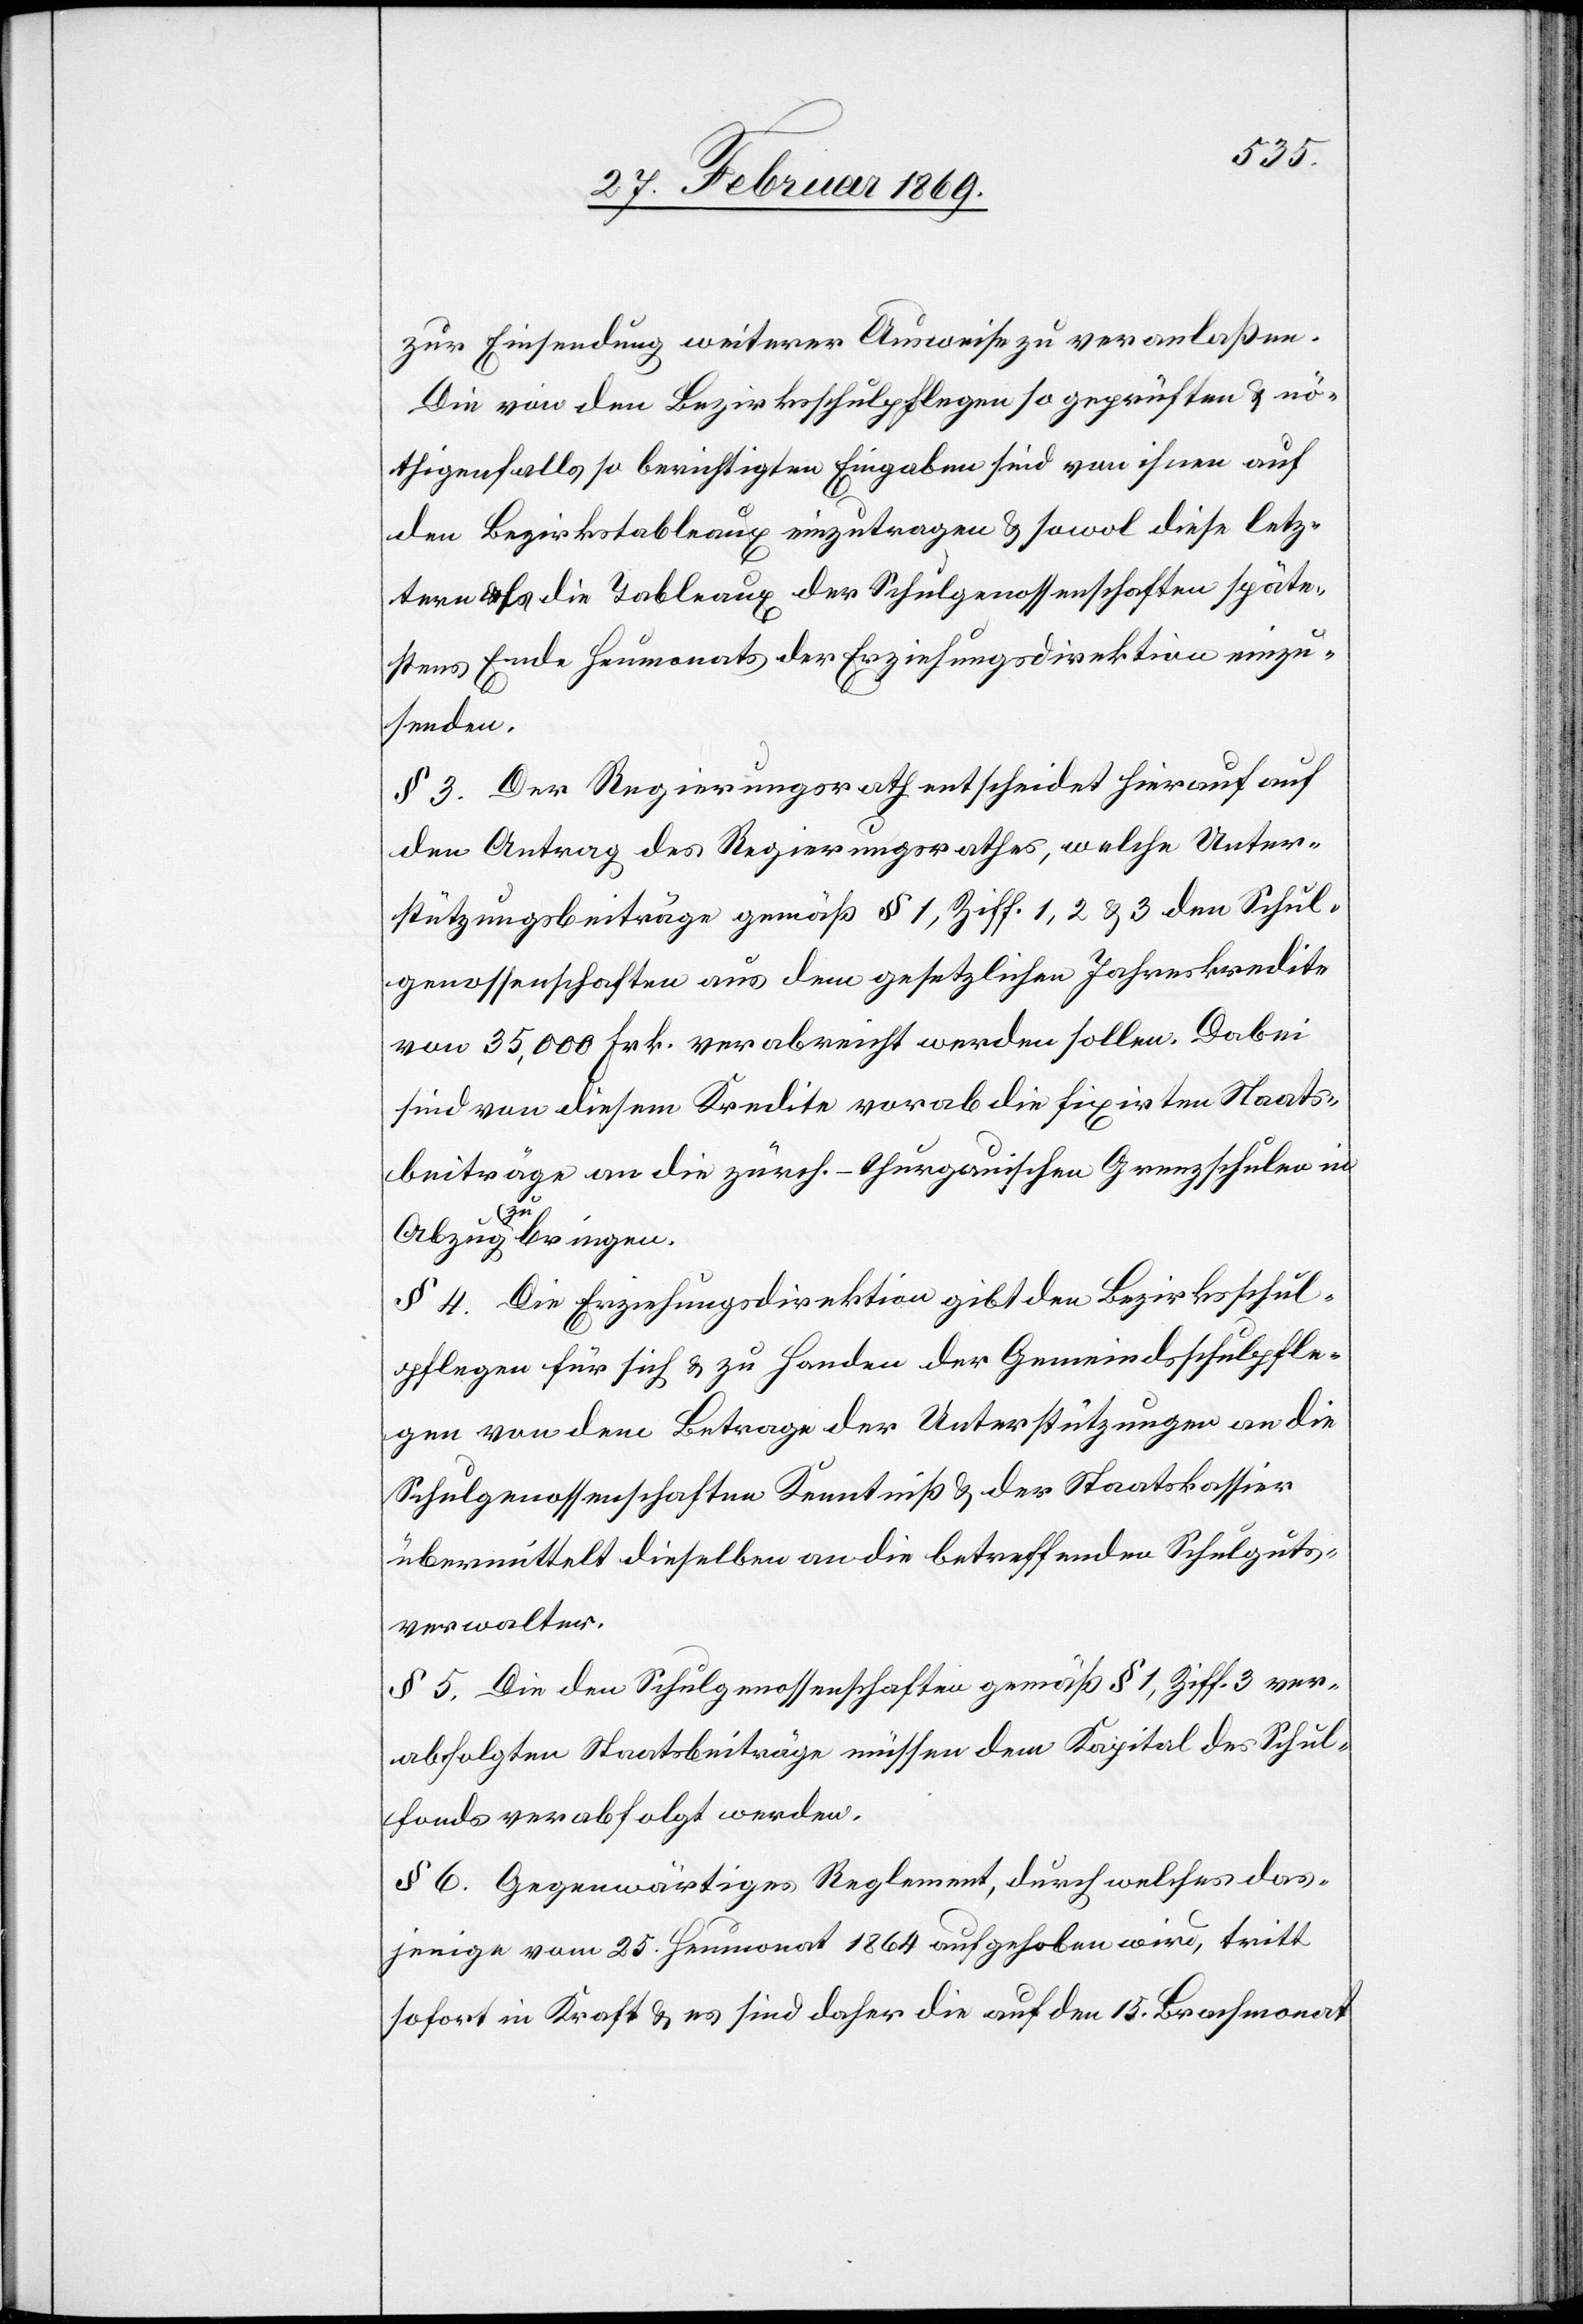
zur Einsendung weiterer Ausweise zu veranlaßen.
Die von den Bezirksschulpflegen so geprüften & nö¬
thigenfalls so berichtigten Eingaben sind von ihnen auf
den Bezirkstableaux einzutragen & sowol diese letz¬
tere als die Tableaux der Schulgenossenschaften späte¬
stens Ende Heumonats der Erziehungsdirektion einzu¬
senden.
§ 3. Der Regierungsrath entscheidet hierauf auf
den Antrag des Regierungsrathes, welche Unter¬
stützungsbeiträge gemäß § 1, Ziff. 1, 2 & 3 den Schul¬
genossenschaften aus dem gesetzlichen Jahreskredite
von 35,000 Frk. verabreicht werden sollen. Dabei
sind von diesem Kredite vorab die fixirten Staats¬
beiträge an die zürch.-thurgauischen Grenzschulen in
Abzug zu bringen.
§ 4. Die Erziehungsdirektion gibt den Bezirksschul¬
pflegen für sich & zu Handen der Gemeindsschulpfle¬
gen von dem Betrage der Unterstützungen an die
Schulgenossenschaften Kenntniß & der Staatskassier
übermittelt dieselben an die betreffenden Schulguts¬
verwalter.
§ 5. Die den Schulgenossenschaften gemäß § 1, Ziff. 3 ver¬
abfolgten Staatsbeiträge müssen dem Kapital des Schul¬
fonds verabfolgt werden.
§ 6. Gegenwärtiges Reglement, durch welches das¬
jenige vom 25. Heumonat 1864 aufgehoben wird, tritt
sofort in Kraft & es sind daher die auf den 15. Brachmonat